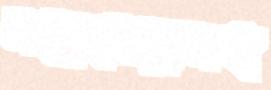
সন্তানেরাসহ